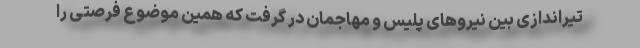
تیراندازی بین نیروهای پلیس و مهاجمان در گرفت که همین موضوع فرصتی را